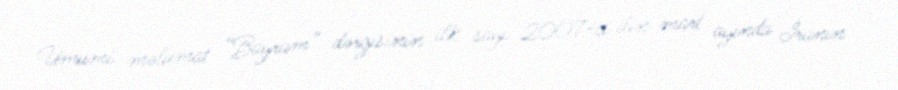
Ümumi məlumat “Bayram” dərgisinin ilk sayı 2007-ci ilin mart ayında İranın